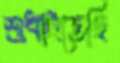
শুধাইতেছি